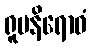
ရူပနိရောဓံ